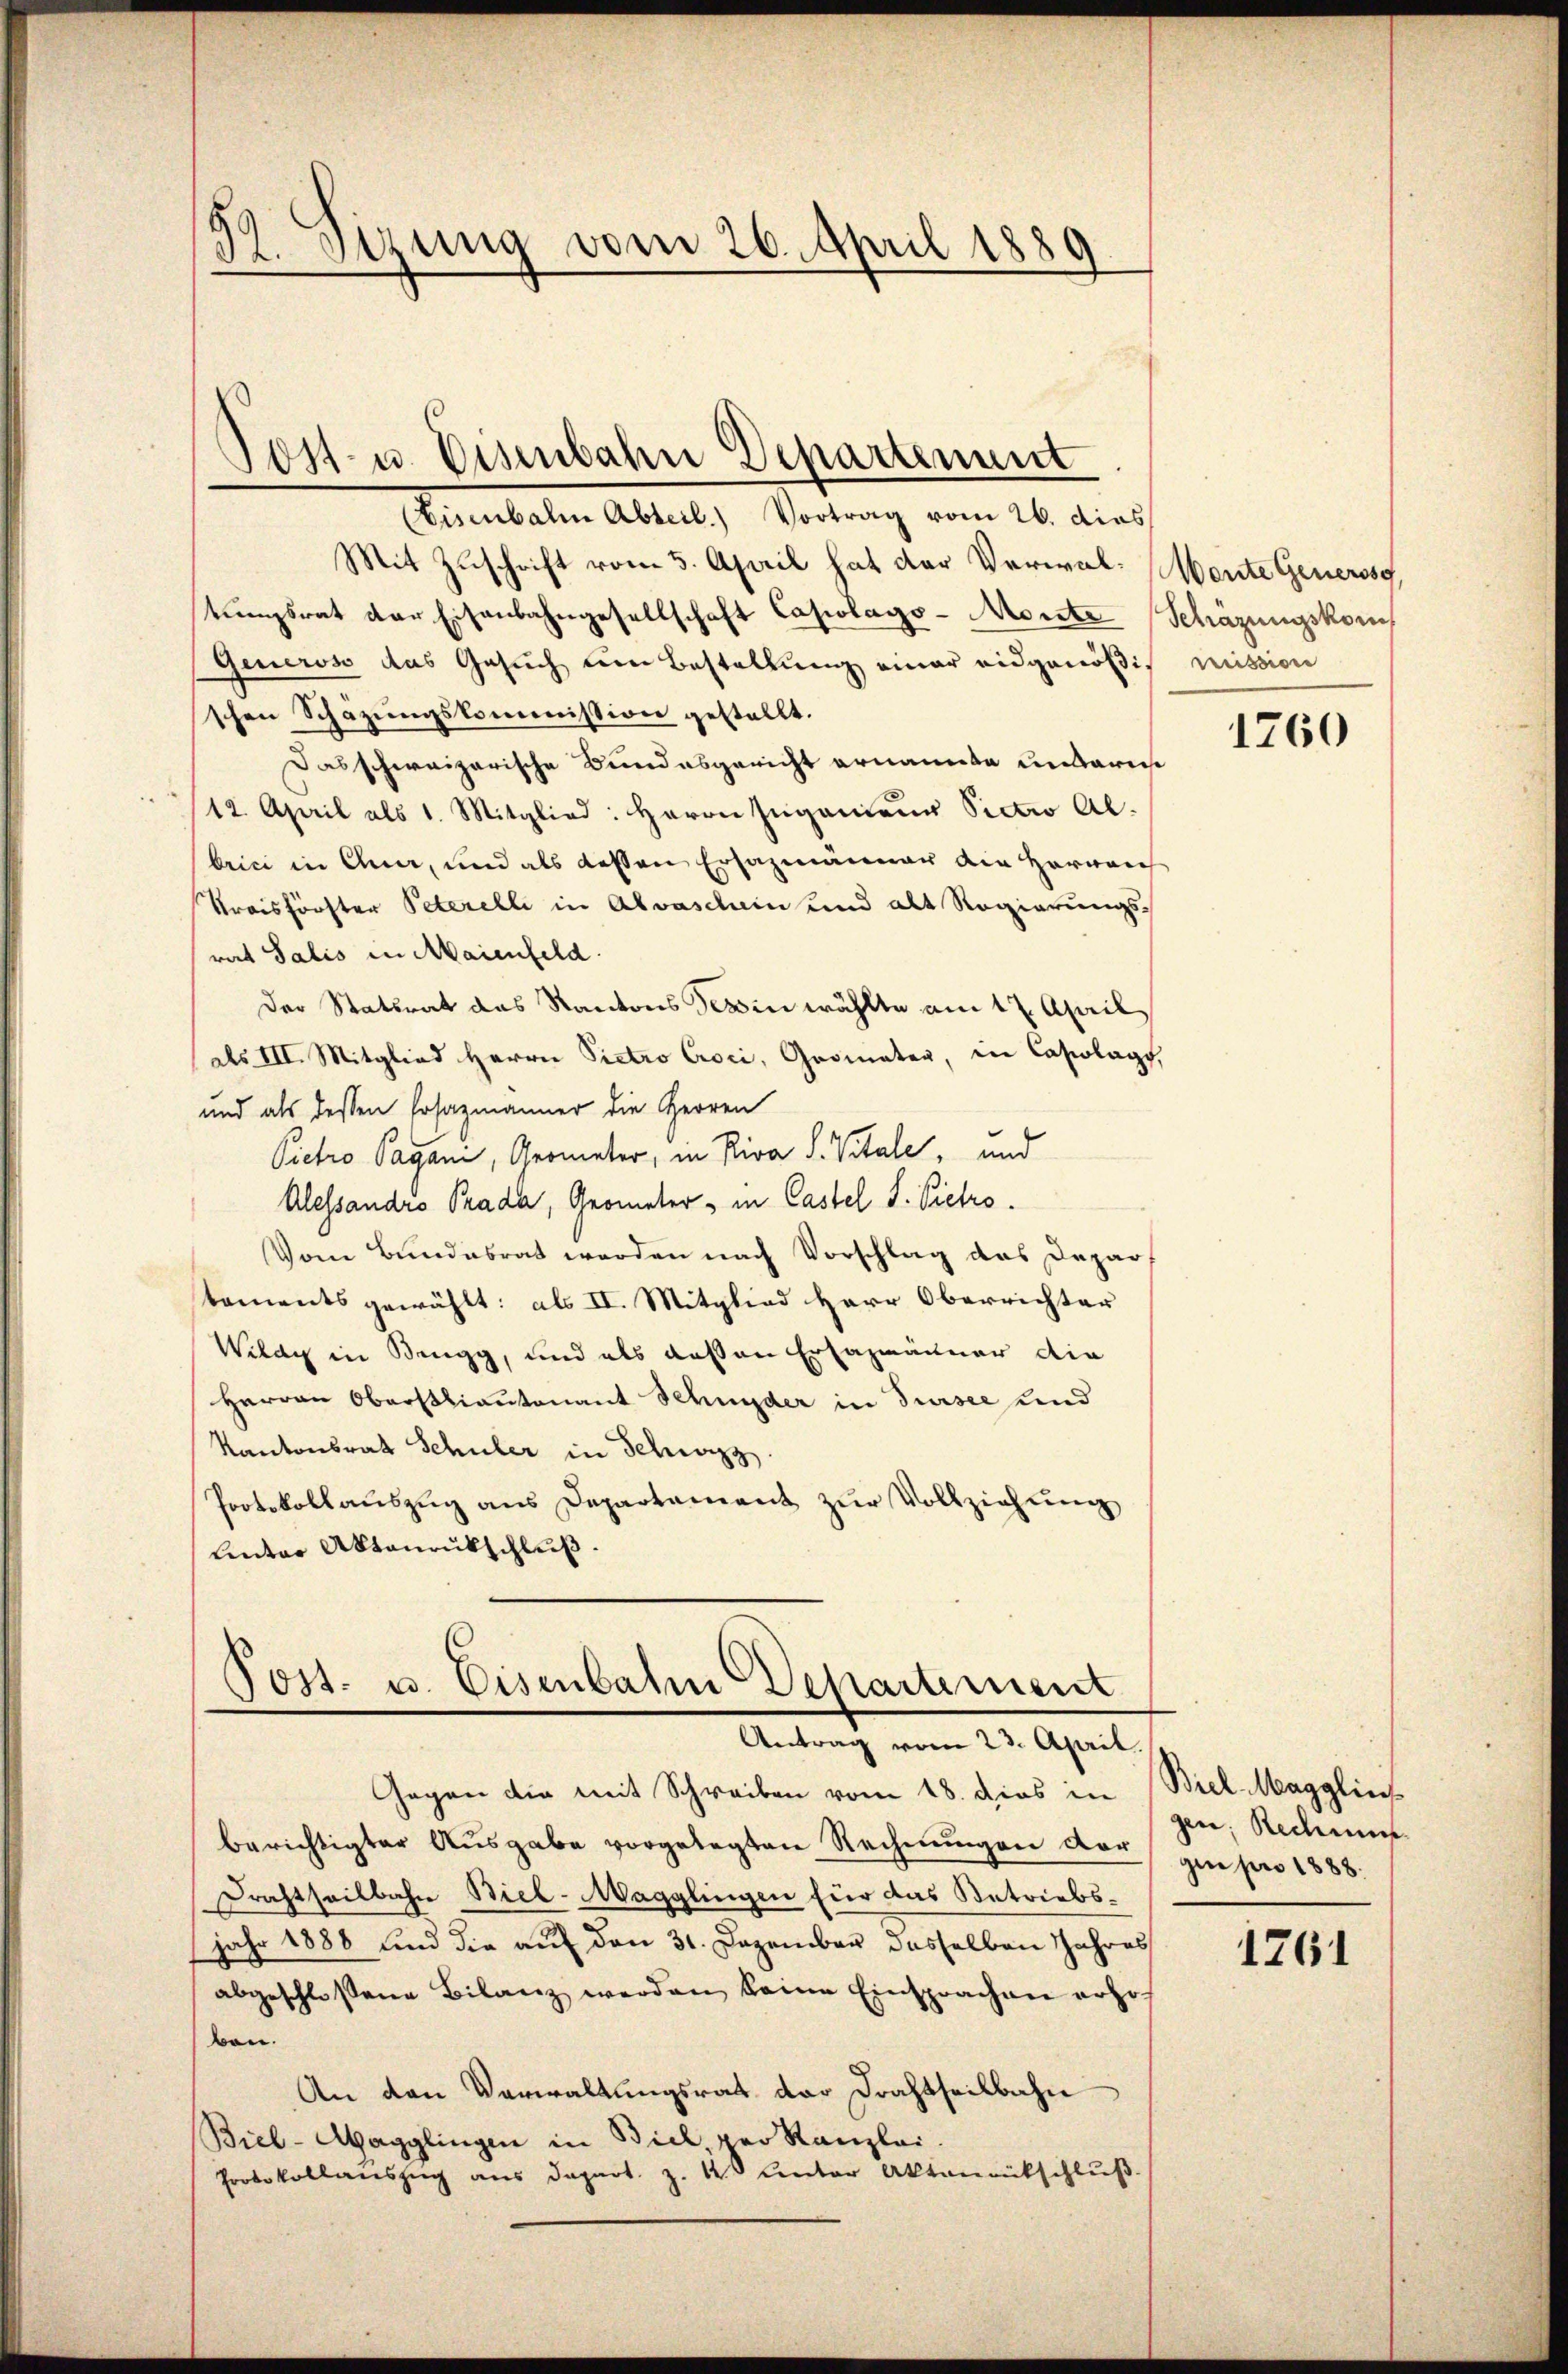
32. Sizung vom 26. April 1889

Post- u. Eisenbahn Departement
(Eisenbahn Abteil) Vortrag vom 26. dies

Mit Zuschrift vom 5. April hat der Verwal-Monte Genersg
tŭngsrat der Eisenbahngesellschaft Casslags-Monte Schäzungskom
Generoso das Gesuch um Bestellung einer eidgenößis mission
schen Schazungskommission gestellt.
Das schweizerische Bundesgericht ernannte untarise
12. April als 1. Mitglied: Herrn Ingenieur Sictro Al.
bein in Ana, und als dessen Ersazmänner die Herreich
Preisförster Peterelli in Abvaschin und alt Regierungsrat Salis in Maienfeld.
Der Stattrat das Kantons Tessin wählte am 17. April
als III. Mitglied Herrn Pietro Croci, Geometer, in Casslage,
und als dessen Cosazmänner die Herren
Pietro Pagani, Geometer, in Riva S. Vitale, und
Alessandro Prada, Geometer, in Castel S. Pietro
Vom Bundesrat werden nach Vorschlag das Departaments gewählt: als II. Mitglied Herr Oberrichter
Wilay in Brugg, und als deßen Ersazmänner die
Herrn Oberstliantenant Schnyder in Sursee und
Kantonsrath Schüler in Schwyz.
Protokollaŭszŭg ans Departement zŭr Vollziehung
linter Aktenrückschluß.

Post- u. Eisenbahn Departement
Antrag vom 23. April

Gegen die mit Schreiben vom 18. Dies in Biel Magglin
berichtigter Ausgabe vorgelegten Rechnungen dar
Drachtheilbahn Biel-Magglingen für das Betriebs-
jahr 1888 und die auf den 31. Dezember dasselben Jahres
abgeschloßene Bilanz werden keine Einsprachen Lohof
ben.
An den Verwaltungsrat vor Drahtheilbahn
Biel-Aagglingen in Biel, per Kanzlei.
Protokollanszug aus depart. Z. 4 unter Aktamentschlŭβ

1760

gen; Rechnun
gin pro 1888.

1761